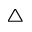
\triangle